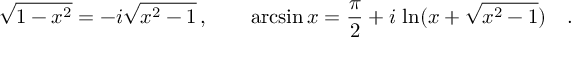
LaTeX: \sqrt { 1 - x ^ { 2 } } = - i \sqrt { x ^ { 2 } - 1 } \, , \qquad \arcsin x = { \frac { \pi } { 2 } } + i \, \ln ( x + \sqrt { x ^ { 2 } - 1 } ) \quad .